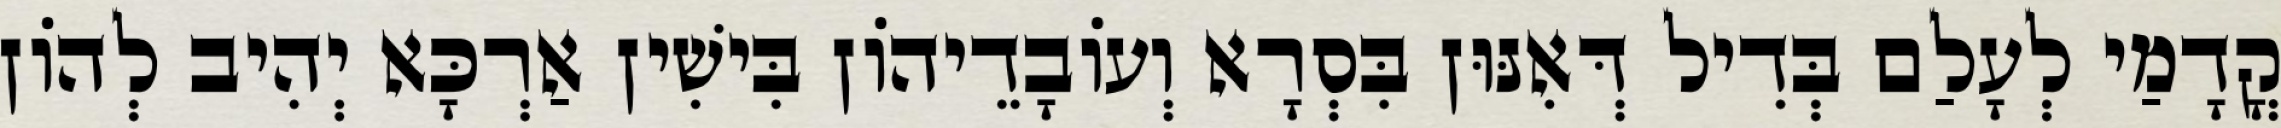
קֳדָמַי לְעָלַם בְּדִיל דְּאִנּוּן בִּסְרָא וְעוֹבָדֵיהוֹן בִּישִׁין אַרְכָּא יְהִיב לְהוֹן